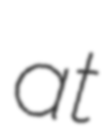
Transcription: at